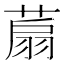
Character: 𦶋